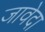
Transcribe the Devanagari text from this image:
जावेदा